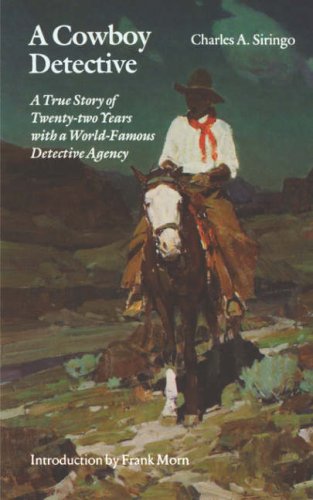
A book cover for A Cowboy Detective: A True Story of Twenty-two Years with a World-Famous Detective Agency; Charles A. Siringo; Biographies & Memoirs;